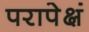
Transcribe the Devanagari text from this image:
परापेक्षं